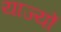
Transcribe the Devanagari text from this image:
याज्यों